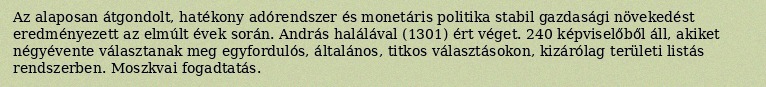
Az alaposan átgondolt, hatékony adórendszer és monetáris politika stabil gazdasági növekedést eredményezett az elmúlt évek során. András halálával (1301) ért véget. 240 képviselőből áll, akiket négyévente választanak meg egyfordulós, általános, titkos választásokon, kizárólag területi listás rendszerben. Moszkvai fogadtatás.